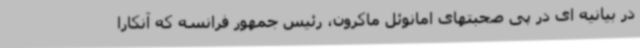
در بیانیه ای در پی صحبتهای امانوئل ماکرون، رئیس جمهور فرانسه که آنکارا